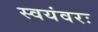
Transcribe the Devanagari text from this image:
स्वयंवरः